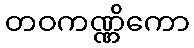
တဝကဏ္ဏိကော